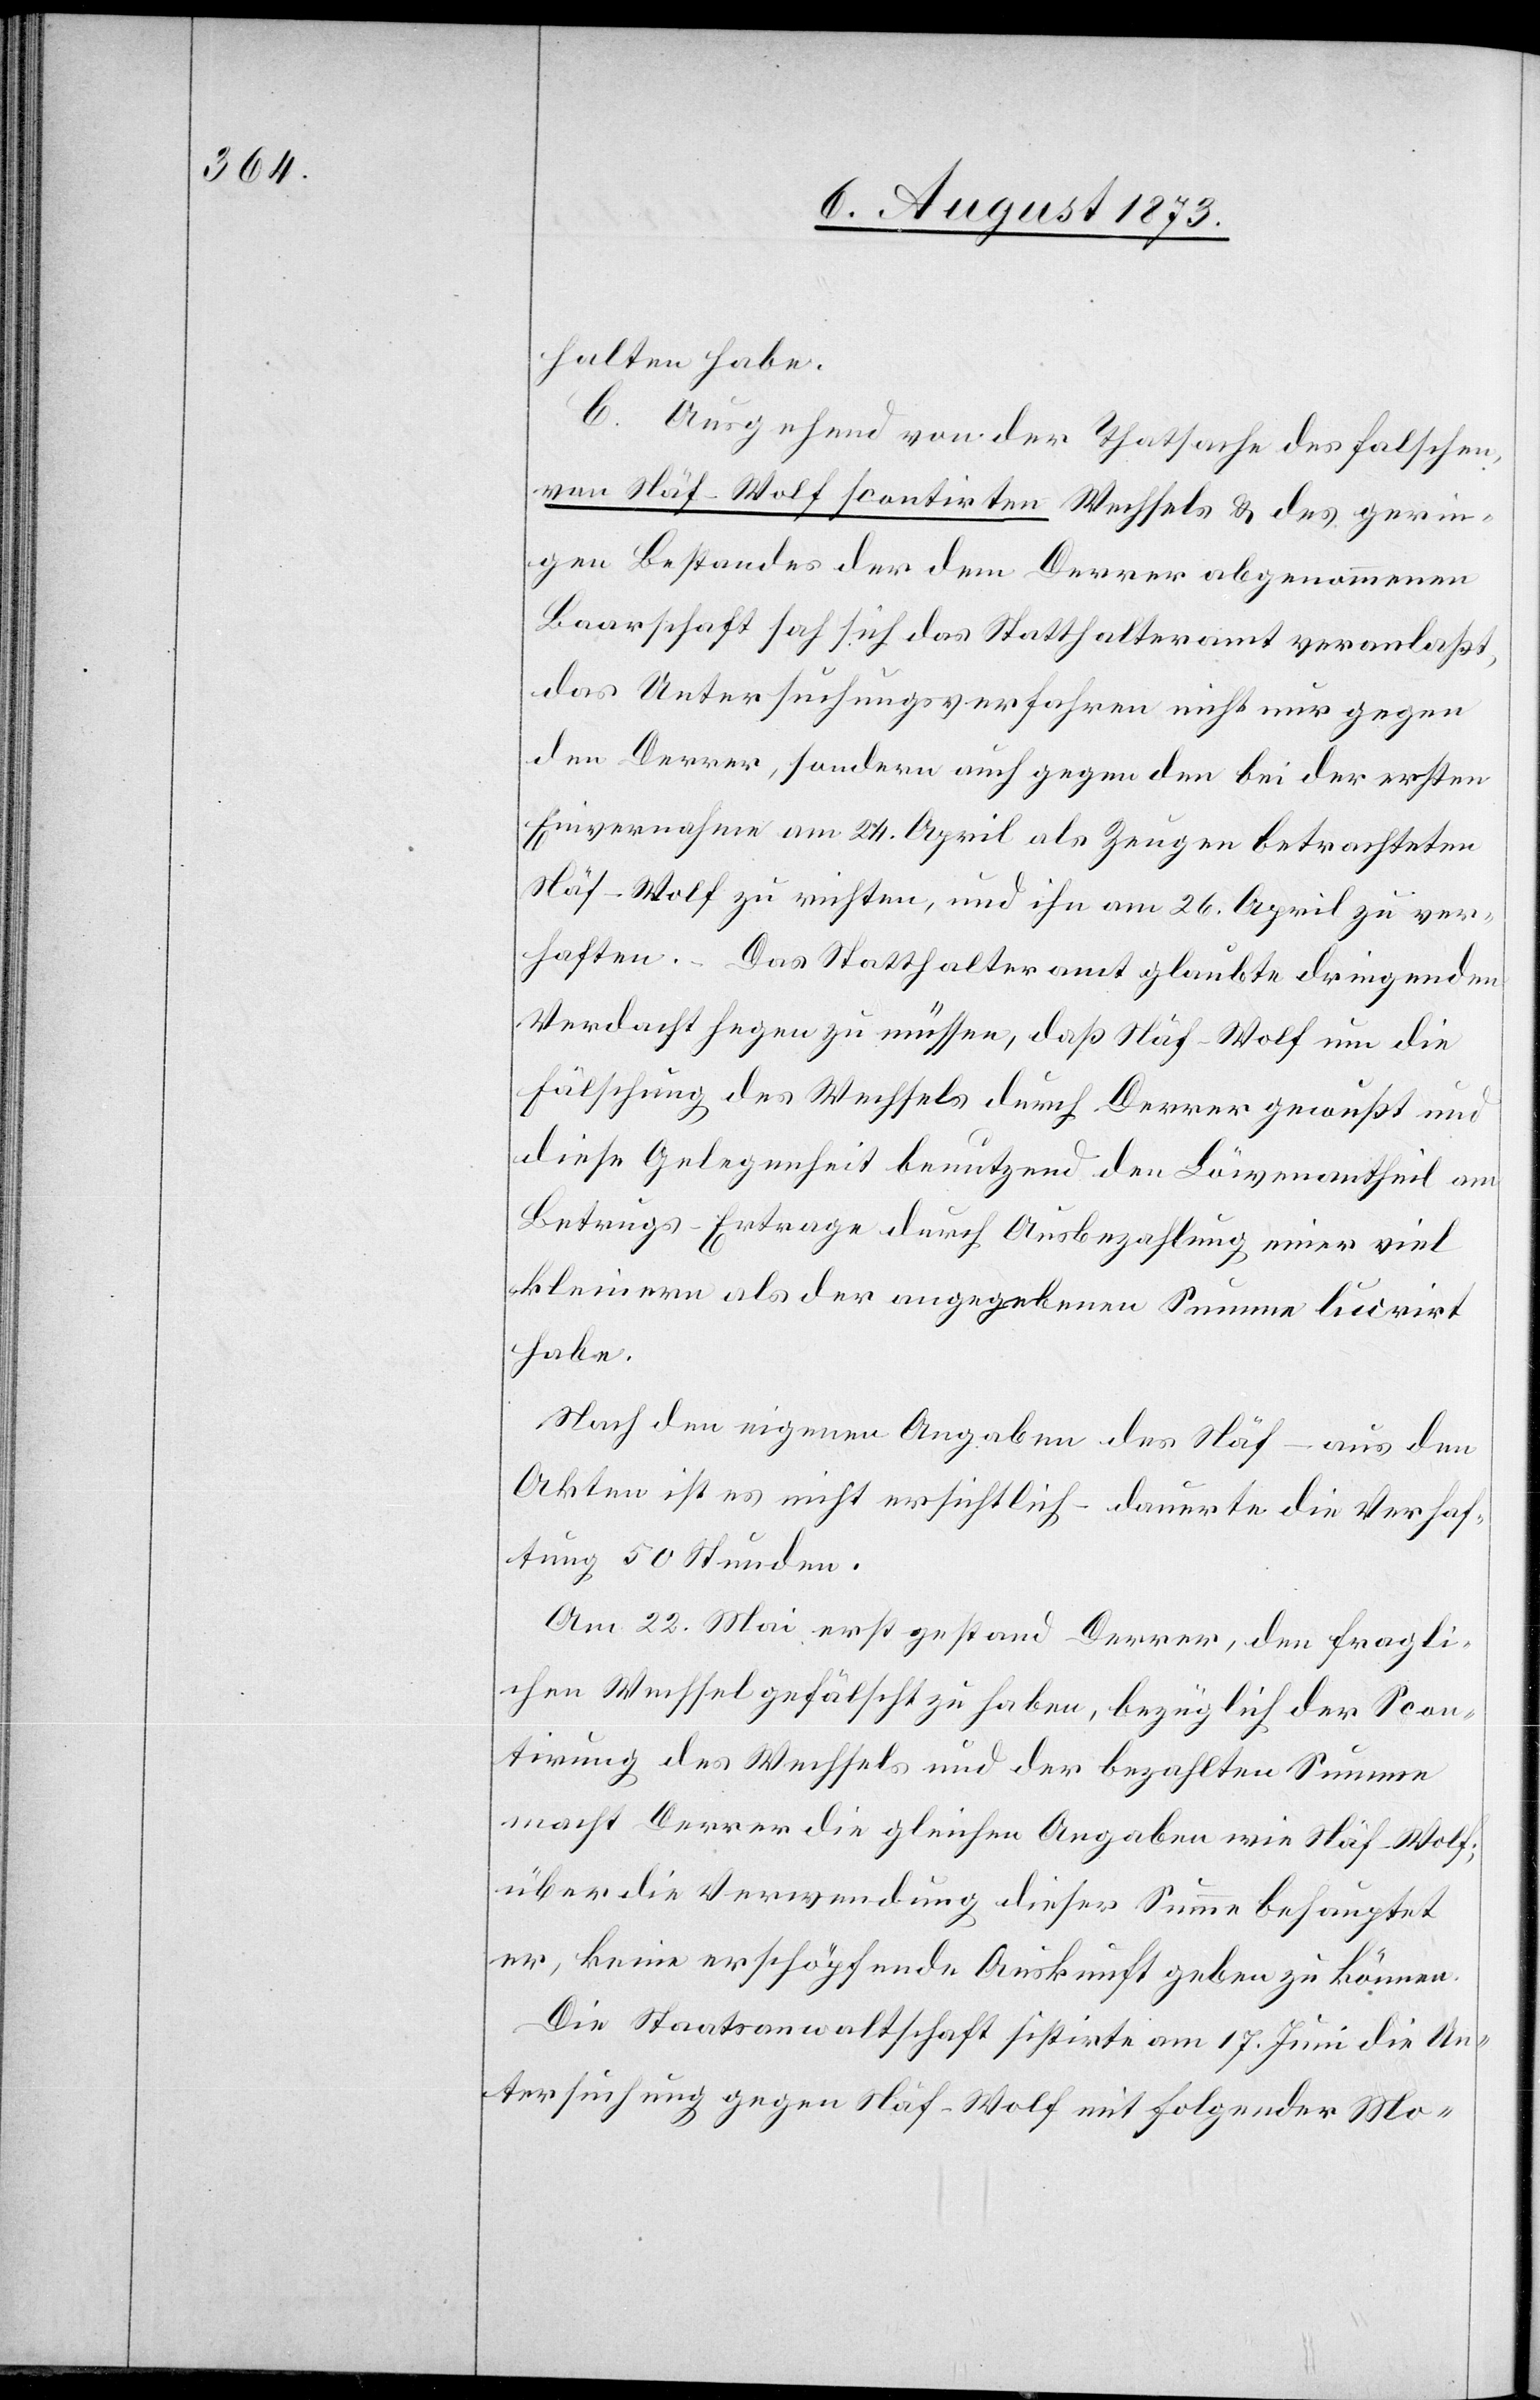
halten habe.
C. Ausgehend von der Thatsache des falschen,
von Näf-Wolf scontirten Wechsels & des gerin¬
gen Bestandes der dem Derrer abgenommenen
Baarschaft sah sich das Statthalteramt veranlaßt,
das Untersuchungsverfahren nicht nur gegen
den Derrer, sondern auch gegen den bei der ersten
Einvernahme am 24. April als Zeugen betrachteten
Näf-Wolf zu richten, und ihn am 26. April zu ver¬
haften. – Das Statthalteramt glaubte dringenden
Verdacht hegen zu müssen, daß Näf-Wolf um die
Fälschung des Wechsels durch Derrer gewußt und
diese Gelegenheit benutzend den Löwenantheil am
Betrugs-Ertrage durch Ausbezahlung einer viel
kleinern als der angegebenen Summe lucrirt
habe.
Nach den eigenen Angaben des Näf – aus den
Akten ist es nicht ersichtlich – dauerte die Verhaf¬
tung 50 Stunden.
Am 22. Mai erst gestand Derrer, den fragli¬
chen Wechsel gefälscht zu haben, bezüglich der Scon¬
tirung des Wechsels und der bezahlten Summe
macht Derrer die gleichen Angaben wie Näf-Wolf;
über die Verwendung dieser Summe behauptet
er, keine erschöpfende Auskunft geben zu können.
Die Staatsanwaltschaft sistirte am 17. Juni die Un¬
tersuchung gegen Näf-Wolf mit folgender Mo-